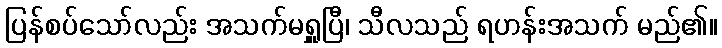
ပြန်စပ်သော်လည်း အသက်မရှူပြီ၊ သီလသည် ရဟန်းအသက် မည်၏။